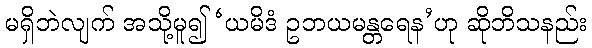
မရှိဘဲလျက် အသို့မူ၍ ‘ယမိဒံ ဥဘယမန္တရေန’ဟု ဆိုဘိသနည်း